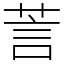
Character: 䓂